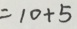
= 1 0 + 5